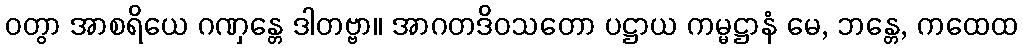
ဝတွာ အာစရိယေ ဂဏှန္တေ ဒါတဗ္ဗာ။ အာဂတဒိဝသတော ပဋ္ဌာယ ကမ္မဋ္ဌာနံ မေ, ဘန္တေ, ကထေထ